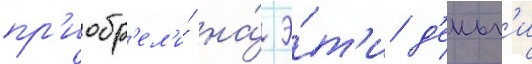
пр'иобр'ел'и́ на́ э́т'и д'еньг'и